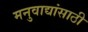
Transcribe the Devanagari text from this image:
मनुवाद्यांसाठी